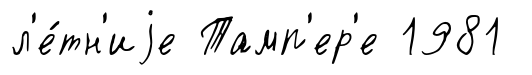
л'е́тн'иjе Тамп'ер'е 1981